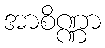
အာစိဏ္ဏာ